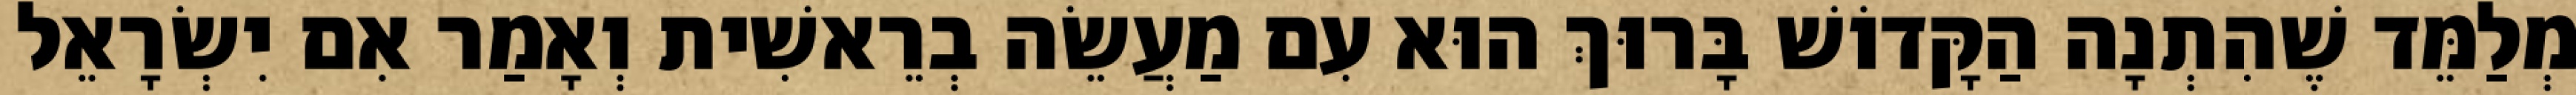
מְלַמֵּד שֶׁהִתְנָה הַקָּדוֹשׁ בָּרוּךְ הוּא עִם מַעֲשֵׂה בְרֵאשִׁית וְאָמַר אִם יִשְׂרָאֵל